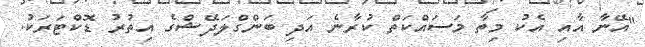
"އޭނާ އާއި އެކު މިތާ މަސައްކަތް ކުރާނެ އަދި ބަންގްލަދޭޝްގެ އިތުރު ޑޮކްޓަރަކު.